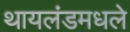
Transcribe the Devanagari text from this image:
थायलंडमधले